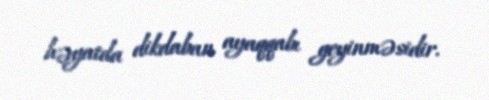
həyatda dikdaban ayaqqabı geyinməsidir.